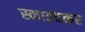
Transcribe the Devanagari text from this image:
स्काइवकर